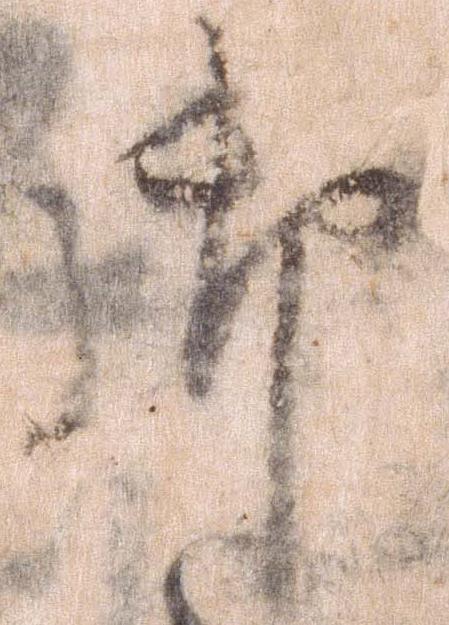
御